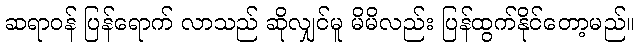
ဆရာဝန် ပြန်ရောက် လာသည် ဆိုလျှင်မူ မိမိလည်း ပြန်ထွက်နိုင်တော့မည်။